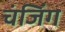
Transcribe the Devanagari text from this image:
चंजिंग